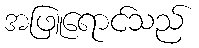
အဖြူရောင်သည်